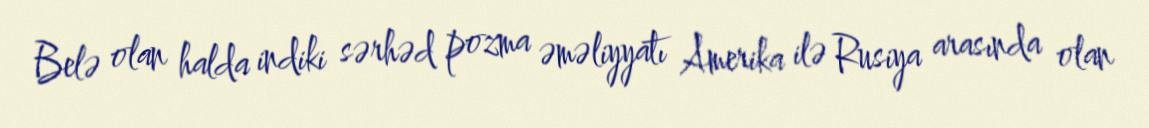
Belə olan halda indiki sərhəd pozma əməliyyatı Amerika ilə Rusiya arasında olan